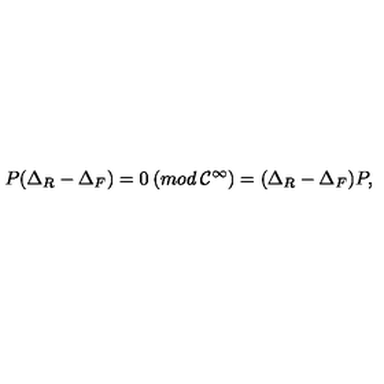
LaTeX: P ( \Delta _ { R } - \Delta _ { F } ) = 0 \: ( m o d \: { \cal C } ^ { \infty } ) = ( \Delta _ { R } - \Delta _ { F } ) P ,